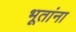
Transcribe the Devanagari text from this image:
भूतांना